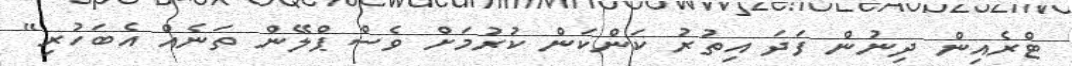
ޓްރެއިން ދިނުން ފަދަ އިތުރު ކަންކަން ކުރުމަށް ވެސް ޕްލޭން ތަނެއް އެބަހުރި"